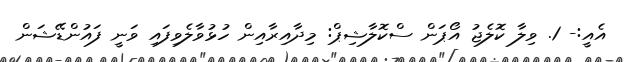
އެއީ:- 1. ވިލާ ކޮލެޖު އޯޕަން ސްކޮލާޝިޕް: މިދާއިރާއިން ހުޅުވާލެވިފައި ވަނީ ފައުންޑޭޝަން